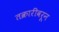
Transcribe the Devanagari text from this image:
तक्रारींवरून